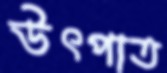
উৎপাত